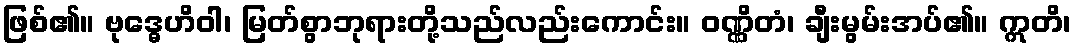
ဖြစ်၏။ ဗုဒ္ဓေဟိဝါ၊ မြတ်စွာဘုရားတို့သည်လည်းကောင်း။ ဝဏ္ဏိတံ၊ ချီးမွမ်းအပ်၏။ ဣတိ၊